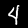
Label: 4